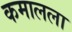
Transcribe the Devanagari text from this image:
कमालला